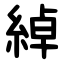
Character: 綽